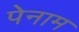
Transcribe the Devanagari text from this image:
पेनाम